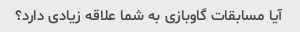
آیا مسابقات گاوبازی به شما علاقه زیادی دارد؟